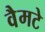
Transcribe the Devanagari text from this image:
वैमटे